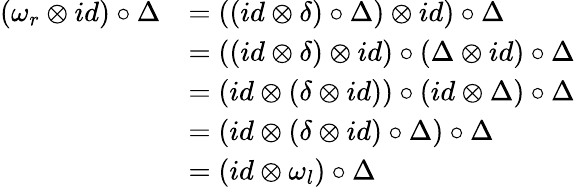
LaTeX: \begin{array}{rl}{(\omega_{r}\otimes id)\circ\Delta}&{=((id\otimes\delta)\circ\Delta)\otimes id)\circ\Delta}\\ &{=((id\otimes\delta)\otimes id)\circ(\Delta\otimes id)\circ\Delta}\\ &{=(id\otimes(\delta\otimes id))\circ(id\otimes\Delta)\circ\Delta}\\ &{=(id\otimes(\delta\otimes id)\circ\Delta)\circ\Delta}\\ &{=(id\otimes\omega_{l})\circ\Delta}\end{array}